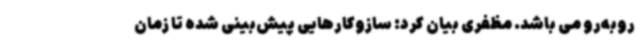
روبه‌رو می باشد. مظفری بیان کرد: سازوکارهایی پیش‌بینی شده تا زمان